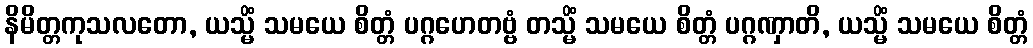
နိမိတ္တကုသလတော, ယသ္မိံ သမယေ စိတ္တံ ပဂ္ဂဟေတဗ္ဗံ တသ္မိံ သမယေ စိတ္တံ ပဂ္ဂဏှာတိ, ယသ္မိံ သမယေ စိတ္တံ